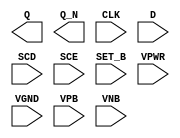
module sky130_fd_sc_hvl__sdfsbp (
    Q    ,
    Q_N  ,
    CLK  ,
    D    ,
    SCD  ,
    SCE  ,
    SET_B,
    VPWR ,
    VGND ,
    VPB  ,
    VNB
);

    output Q    ;
    output Q_N  ;
    input  CLK  ;
    input  D    ;
    input  SCD  ;
    input  SCE  ;
    input  SET_B;
    input  VPWR ;
    input  VGND ;
    input  VPB  ;
    input  VNB  ;
endmodule